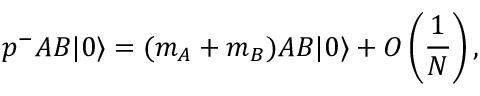
p ^ { - } A B | 0 \rangle = ( m _ { A } + m _ { B } ) A B | 0 \rangle + O \left( \frac { 1 } { N } \right) ,